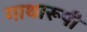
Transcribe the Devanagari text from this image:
गाथारूपी